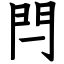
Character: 閂